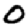
Digit: 0